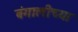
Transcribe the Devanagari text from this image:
बंगालीच्या